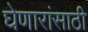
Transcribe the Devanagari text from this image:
घेणारांसाठी